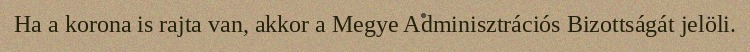
Ha a korona is rajta van, akkor a Megye Adminisztrációs Bizottságát jelöli.